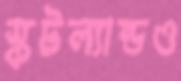
স্কটল্যান্ডও